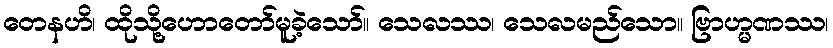
တေနဟိ၊ ထိုသို့ဟောတော်မူခဲ့သော်။ သေလဿ၊ သေလမည်သော။ ဗြာဟ္မဏဿ၊